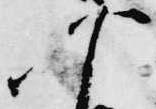
可